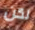
لكن